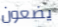
يضعون